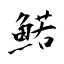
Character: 鰙